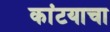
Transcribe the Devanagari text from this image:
कांटयाचा